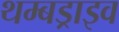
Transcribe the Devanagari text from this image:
थम्बड्राइव